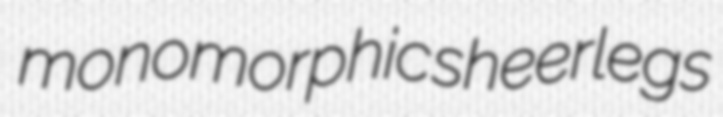
monomorphic sheerlegs